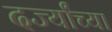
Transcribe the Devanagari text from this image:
दर्ज्यांच्या